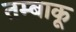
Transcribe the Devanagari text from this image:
तम्‍बाकू